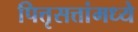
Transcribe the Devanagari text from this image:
पित्तृसत्तांमध्ये